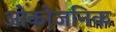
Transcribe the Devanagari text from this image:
ओंकोजनिक